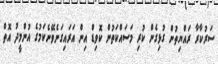
ސަރުކާރާ ރައްޔިތުން ގުޅިގެން ކުރި މަސައްކަތުން ކޮވިޑް އިން އަރައިގަނެވޭނެކަމުގެ އުންމީދު އޮތް